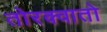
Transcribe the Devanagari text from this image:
तोरक्वातो